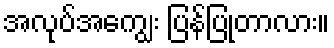
အလုပ်အကျွေး ပြန်ပြုတာလား။